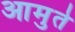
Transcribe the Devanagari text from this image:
आमुते